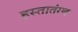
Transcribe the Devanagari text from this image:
हस्तातंरण